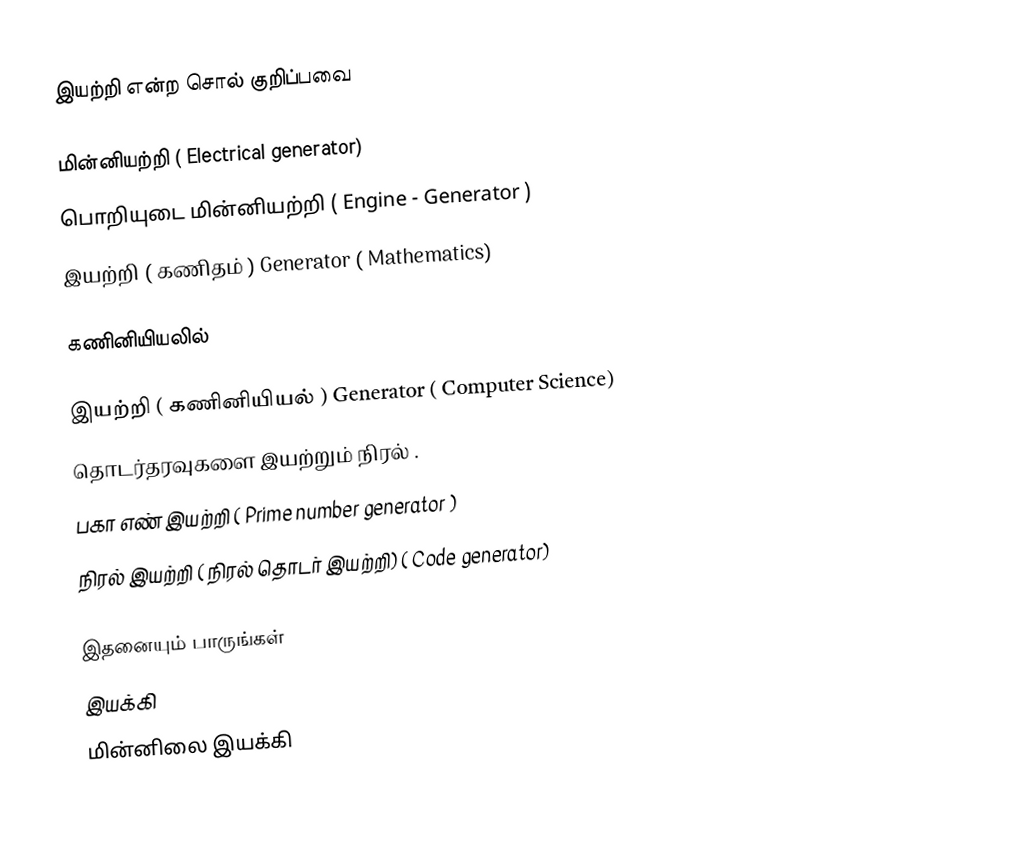
இயற்றி என்ற சொல் குறிப்பவை

 மின்னியற்றி ( Electrical generator)
 பொறியுடை மின்னியற்றி ( Engine - Generator )
 இயற்றி ( கணிதம் ) Generator ( Mathematics)

கணினியியலில்

 இயற்றி ( கணினியியல் ) Generator ( Computer Science)
 தொடர்தரவுகளை இயற்றும் நிரல் .
 பகா எண் இயற்றி ( Prime number generator )
 நிரல் இயற்றி ( நிரல் தொடர் இயற்றி) ( Code generator)

இதனையும் பாருங்கள்
இயக்கி
மின்னிலை இயக்கி